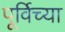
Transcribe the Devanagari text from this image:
पूर्विच्या